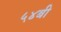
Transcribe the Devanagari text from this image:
५४बी